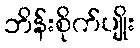
ဘိန်းစိုက်ပျိုး